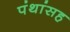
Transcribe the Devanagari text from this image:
पंथांसह